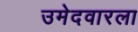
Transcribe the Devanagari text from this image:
उमेदवारला